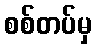
စစ်တပ်မှ